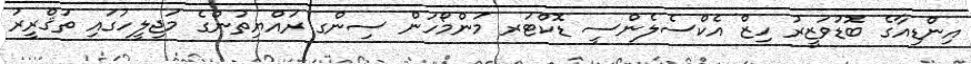
އިންޑިއާގެ ބޮޑުވަޒީރު ހިޒް އެކްސެލެންސީ ޑޮކްޓަރ މަންމޯހަން ސިންގ ރައްޔިތުންގެ މަޖިލީހުގައި ތަޤްރީރު